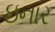
ઇનાર